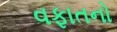
વફાતનો